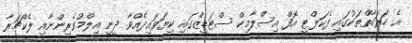
އެ ހަރަކާތްތަކުގައި ފެކަލްޓީ އޮފް އިސްލާމިކް ސްޓަޑީޒްގައި ކިޔަވައިދެއްވާ ދީނީ އިލްމުވެރިންނާއި ލެކްޗަރާ